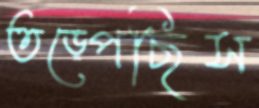
তড়্‌পেছিস